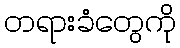
တရားခံတွေကို